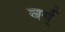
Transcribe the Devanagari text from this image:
वर्ग्